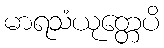
မာရသံယုတ္တေပိ